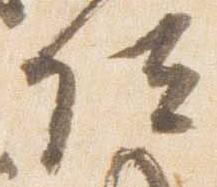
位